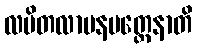
လပိတလာပနမတ္တေနာတိ